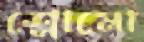
শ্লোমো